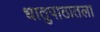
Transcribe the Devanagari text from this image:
धातुपाठातला